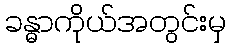
ခန္ဓာကိုယ်အတွင်းမှ